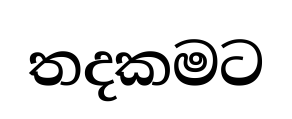
තදකමට